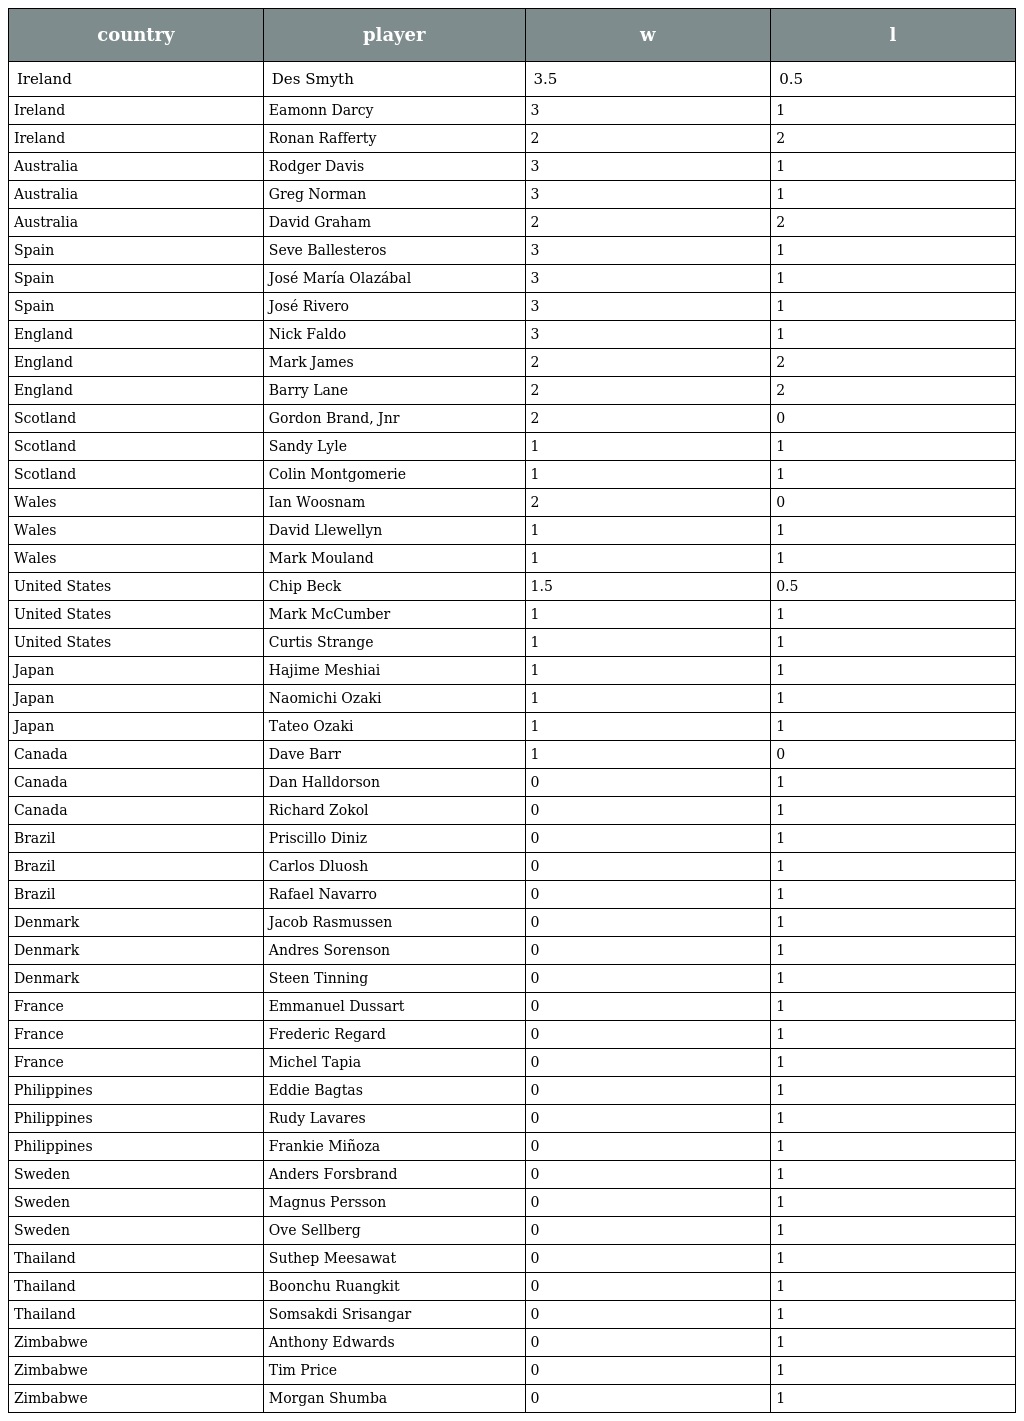
| country | player | w | l |
 | --- | --- | --- | --- |
 | Ireland | Des Smyth | 3.5 | 0.5 |
 | Ireland | Eamonn Darcy | 3 | 1 |
 | Ireland | Ronan Rafferty | 2 | 2 |
 | Australia | Rodger Davis | 3 | 1 |
 | Australia | Greg Norman | 3 | 1 |
 | Australia | David Graham | 2 | 2 |
 | Spain | Seve Ballesteros | 3 | 1 |
 | Spain | José María Olazábal | 3 | 1 |
 | Spain | José Rivero | 3 | 1 |
 | England | Nick Faldo | 3 | 1 |
 | England | Mark James | 2 | 2 |
 | England | Barry Lane | 2 | 2 |
 | Scotland | Gordon Brand, Jnr | 2 | 0 |
 | Scotland | Sandy Lyle | 1 | 1 |
 | Scotland | Colin Montgomerie | 1 | 1 |
 | Wales | Ian Woosnam | 2 | 0 |
 | Wales | David Llewellyn | 1 | 1 |
 | Wales | Mark Mouland | 1 | 1 |
 | United States | Chip Beck | 1.5 | 0.5 |
 | United States | Mark McCumber | 1 | 1 |
 | United States | Curtis Strange | 1 | 1 |
 | Japan | Hajime Meshiai | 1 | 1 |
 | Japan | Naomichi Ozaki | 1 | 1 |
 | Japan | Tateo Ozaki | 1 | 1 |
 | Canada | Dave Barr | 1 | 0 |
 | Canada | Dan Halldorson | 0 | 1 |
 | Canada | Richard Zokol | 0 | 1 |
 | Brazil | Priscillo Diniz | 0 | 1 |
 | Brazil | Carlos Dluosh | 0 | 1 |
 | Brazil | Rafael Navarro | 0 | 1 |
 | Denmark | Jacob Rasmussen | 0 | 1 |
 | Denmark | Andres Sorenson | 0 | 1 |
 | Denmark | Steen Tinning | 0 | 1 |
 | France | Emmanuel Dussart | 0 | 1 |
 | France | Frederic Regard | 0 | 1 |
 | France | Michel Tapia | 0 | 1 |
 | Philippines | Eddie Bagtas | 0 | 1 |
 | Philippines | Rudy Lavares | 0 | 1 |
 | Philippines | Frankie Miñoza | 0 | 1 |
 | Sweden | Anders Forsbrand | 0 | 1 |
 | Sweden | Magnus Persson | 0 | 1 |
 | Sweden | Ove Sellberg | 0 | 1 |
 | Thailand | Suthep Meesawat | 0 | 1 |
 | Thailand | Boonchu Ruangkit | 0 | 1 |
 | Thailand | Somsakdi Srisangar | 0 | 1 |
 | Zimbabwe | Anthony Edwards | 0 | 1 |
 | Zimbabwe | Tim Price | 0 | 1 |
 | Zimbabwe | Morgan Shumba | 0 | 1 |